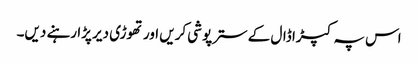
اس پہ کپڑا ڈال کے سترپوشی کریں اور تھوڑی دیر پڑا رہنے دیں۔